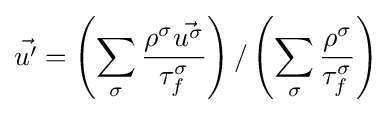
{\vec {u'}}=\left(\sum _{\sigma }{\frac {\rho ^{\sigma }{\vec {u^{\sigma }}}}{\tau _{f}^{\sigma }}}\right)/\left(\sum _{\sigma }{\frac {\rho ^{\sigma }}{\tau _{f}^{\sigma }}}\right)